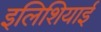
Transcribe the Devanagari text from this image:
इलिशियाई